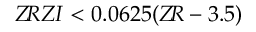
Z \! R Z I < 0 . 0 6 2 5 ( Z \! R - 3 . 5 )